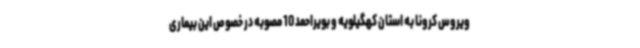
ویروس کرونا به استان کهگیلویه و بویراحمد 10 مصوبه در خصوص این بیماری